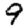
Digit: 9